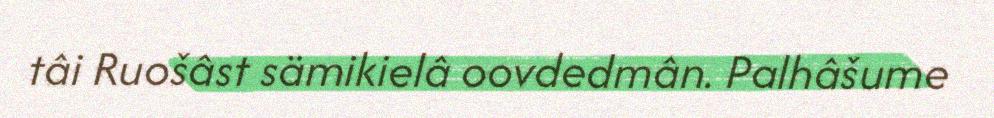
tâi Ruošâst sämikielâ oovdedmân. Palhâšume